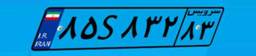
۸۵S۸۳۲۸۳